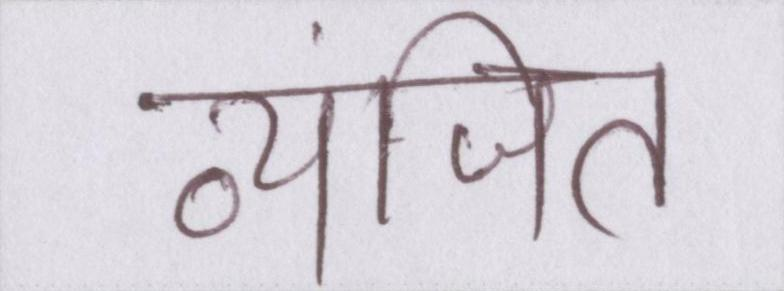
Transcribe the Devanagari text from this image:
व्यंजित